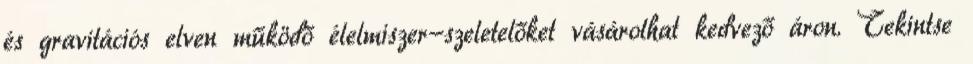
és gravitációs elven működő élelmiszer-szeletelőket vásárolhat kedvező áron. Tekintse